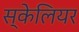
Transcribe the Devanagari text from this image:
स्केलियर